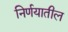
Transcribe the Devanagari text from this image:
निर्णयातील